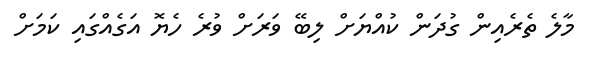
މާލެ ތެރެއިން ގުދަން ކުއްޔަށް ލިބޭ ވަރަށް ވުރެ ހެޔޮ އަގެއްގައި ކަމަށް